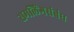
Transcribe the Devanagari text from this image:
समलिंगसंबंध